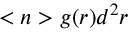
< n > g ( r ) d ^ { 2 } r